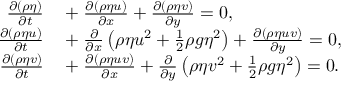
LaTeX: \begin{array} { r l } { { \frac { \partial ( \rho \eta ) } { \partial t } } } & { { } + { \frac { \partial ( \rho \eta u ) } { \partial x } } + { \frac { \partial ( \rho \eta v ) } { \partial y } } = 0 , } \\ { { \frac { \partial ( \rho \eta u ) } { \partial t } } } & { { } + { \frac { \partial } { \partial x } } \left( \rho \eta u ^ { 2 } + { \frac { 1 } { 2 } } \rho g \eta ^ { 2 } \right) + { \frac { \partial ( \rho \eta u v ) } { \partial y } } = 0 , } \\ { { \frac { \partial ( \rho \eta v ) } { \partial t } } } & { { } + { \frac { \partial ( \rho \eta u v ) } { \partial x } } + { \frac { \partial } { \partial y } } \left( \rho \eta v ^ { 2 } + { \frac { 1 } { 2 } } \rho g \eta ^ { 2 } \right) = 0 . } \end{array}